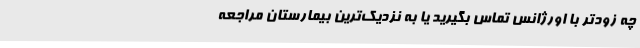
چه زودتر با اورژانس تماس بگیرید یا به نزدیک‌ترین بیمارستان مراجعه